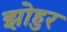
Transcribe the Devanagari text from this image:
झोहुर